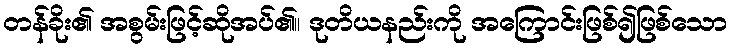
တန်ခိုး၏ အစွမ်းဖြင့်ဆိုအပ်၏။ ဒုတိယနည်းကို အကြောင်းဖြစ်၍ဖြစ်သော